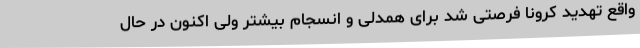
واقع تهدید کرونا فرصتی شد برای همدلی و انسجام بیشتر ولی اکنون در حال